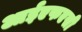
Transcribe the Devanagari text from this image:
आईएफएसी